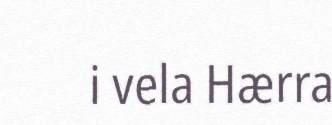
i vela Hærra